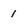
Character: 1